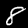
Digit: 8